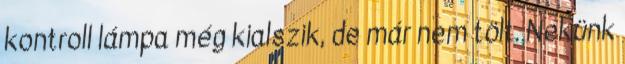
kontroll lámpa még kialszik, de már nem tölt. Nekünk